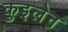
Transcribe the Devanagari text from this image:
कुइलेन